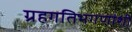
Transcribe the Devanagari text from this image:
ग्रहगतिभगणांशी